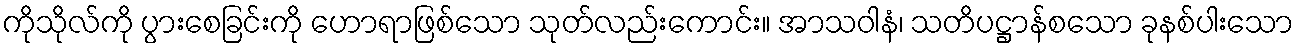
ကိုသိုလ်ကို ပွားစေခြင်းကို ဟောရာဖြစ်သော သုတ်လည်းကောင်း။ အာသဝါနံ၊ သတိပဋ္ဌာန်စသော ခုနစ်ပါးသော